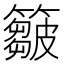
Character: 𥶈